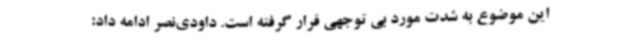
این موضوع به شدت مورد بی توجهی قرار گرفته است. داودی‌نصر ادامه داد: